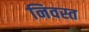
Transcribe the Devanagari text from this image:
निवस्त